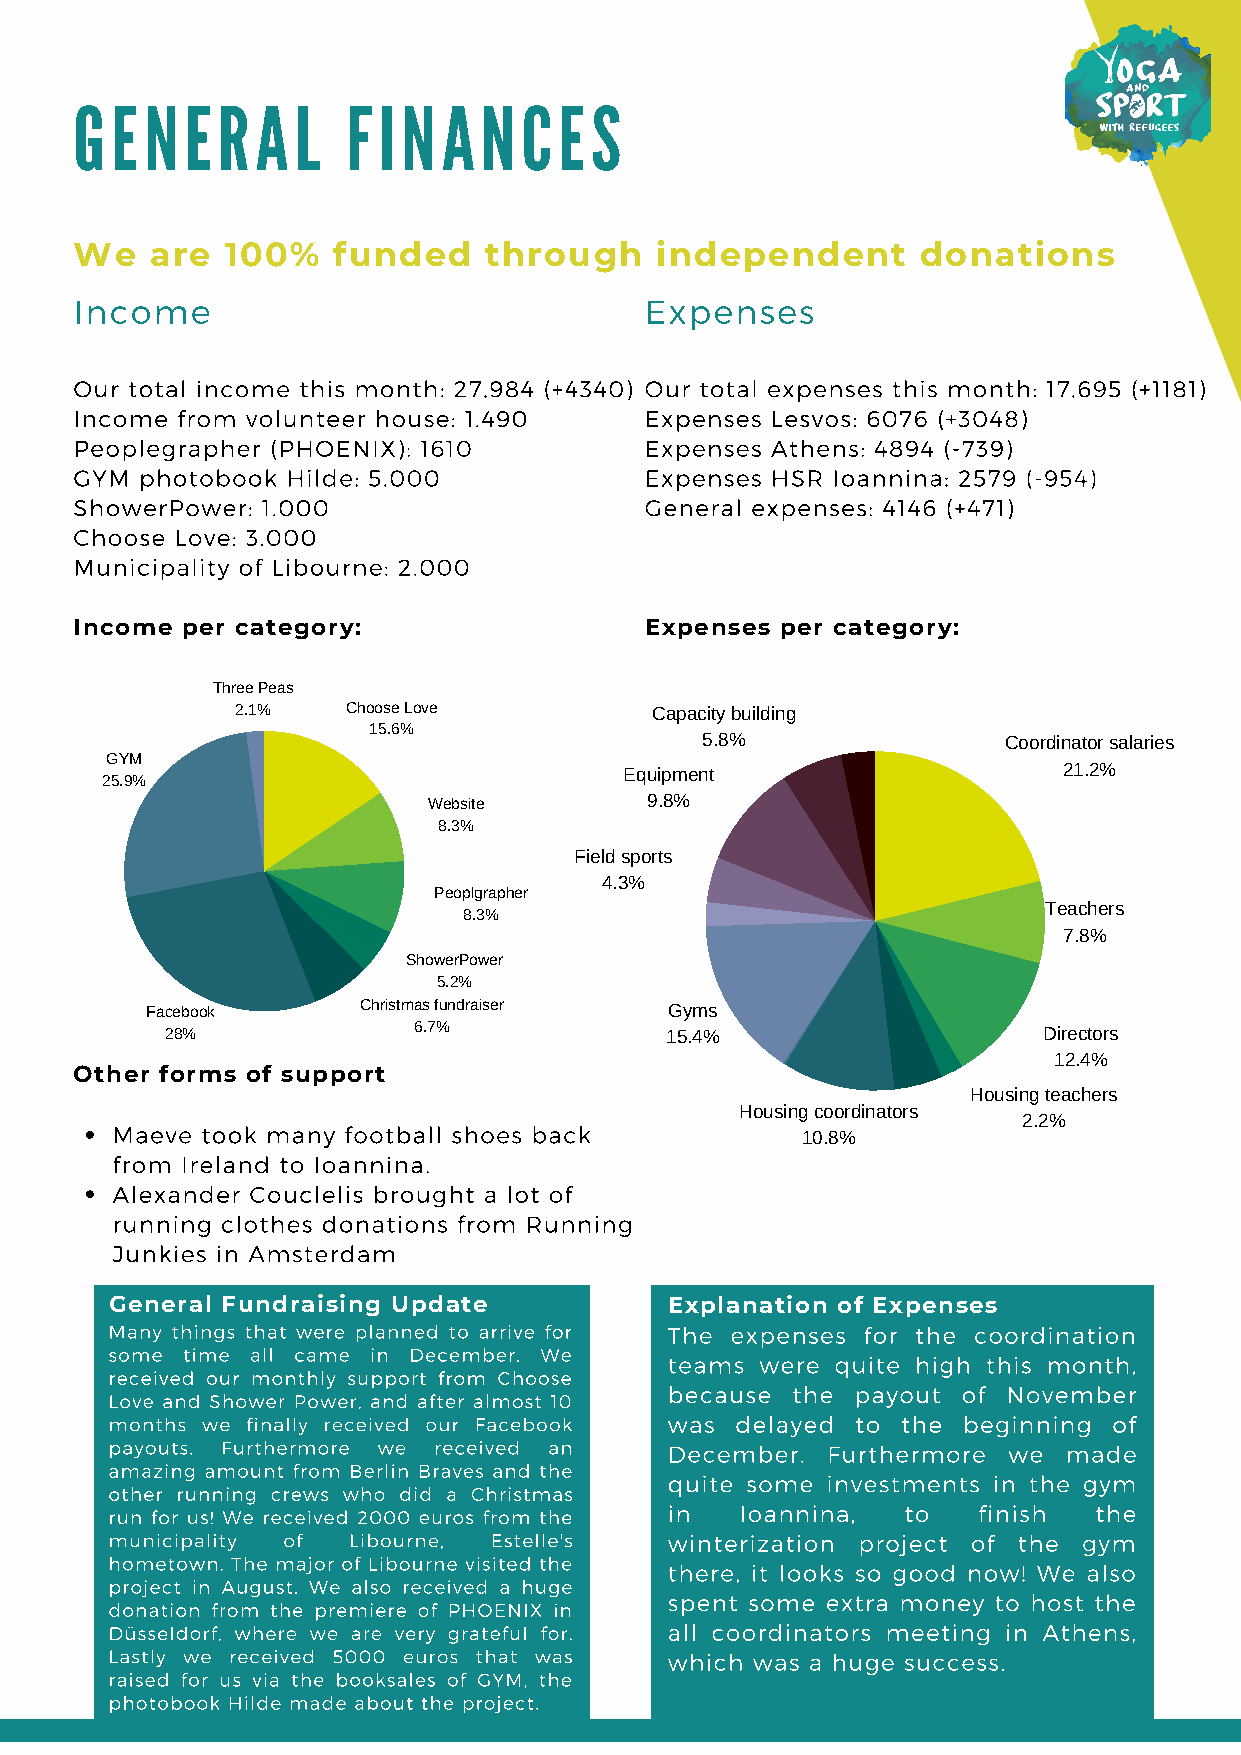
GENERAL           FINANCES
 We   are  100%   funded    through    independent       donations
 Income                                Expenses
 Our total income this month: 27.984 (+4340) Our total expenses this month: 17.695 (+1181)
 Income from volunteer house: 1.490    Expenses Lesvos: 6076 (+3048)
 Peoplegrapher (PHOENIX): 1610         Expenses Athens: 4894 (-739)
 GYM photobook Hilde: 5.000            Expenses HSR Ioannina: 2579 (-954)
 ShowerPower: 1.000                    General expenses: 4146 (+471)
 Choose Love: 3.000
 Municipality of Libourne: 2.000
 Income per category:                  Expenses per category:
 Three Peas
 2.1%   Choose Love         Capacity building
 15.6%
 5.8%                 Coordinator salaries
 GYM
 Equipment                    21.2%
 25.9%
 Website        9.8%
 8.3%
 Field sports
 4.3%
 Peoplgrapher
 Teachers
 8.3%
 7.8%
 ShowerPower
 5.2%
 Facebook      Christmas fundraiser Gyms
 28%             6.7%             15.4%                    Directors
 12.4%
 Other forms of support
 Housing teachers
 Housing coordinators
 2.2%
 Maeve took many football shoes back
 10.8%
 from Ireland to Ioannina.
 Alexander Couclelis brought a lot of
 running clothes donations from Running
 Junkies in Amsterdam
 General Fundraising Update           Explanation of Expenses
 Many things that were planned to arrive for The expenses for the coordination
 some time all came in December. We
 teams were quite high this month,
 received our monthly support from Choose
 because the  payout of November
 Love and Shower Power, and after almost 10
 months we finally received our Facebook was delayed to the beginning of
 payouts. Furthermore we received an  December.  Furthermore we  made
 amazing amount from Berlin Braves and the
 quite some investments in the gym
 other running crews who did a Christmas
 in   Ioannina,  to   finish  the
 run for us! We received 2000 euros from the
 municipality of Libourne, Estelle's  winterization project of the gym
 hometown. The major of Libourne visited the
 there, it looks so good now! We also
 project in August. We also received a huge
 spent some extra money to host the
 donation from the premiere of PHOENIX in
 Düsseldorf, where we are very grateful for. all coordinators meeting in Athens,
 Lastly we received 5000 euros that was which was a huge success.
 raised for us via the booksales of GYM, the
 photobook Hilde made about the project.